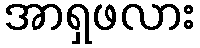
အာရှဖလား